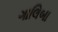
ગાલિબા